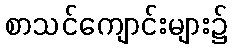
စာသင်ကျောင်းများ၌